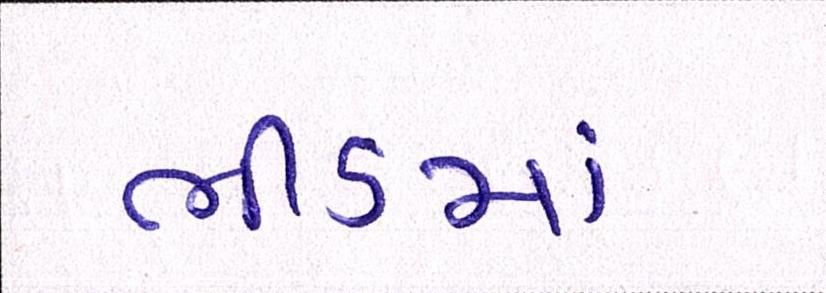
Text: ભીડમાં